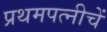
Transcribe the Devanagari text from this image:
प्रथमपत्नीचें